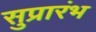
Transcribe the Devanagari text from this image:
सुप्रारंभ